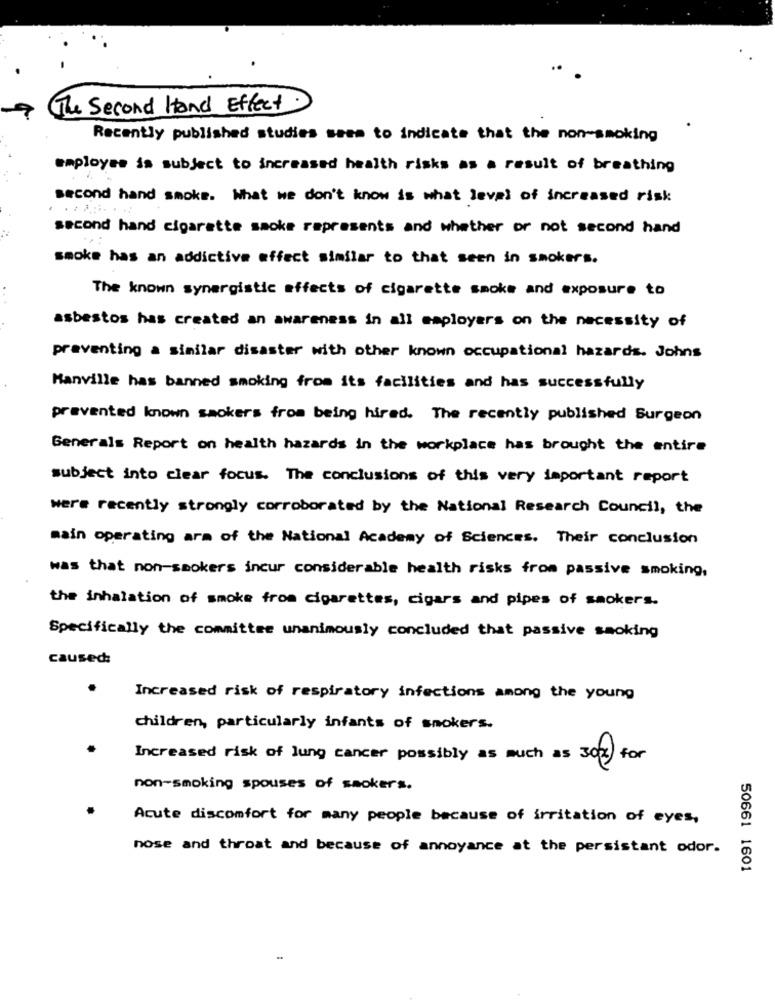
The Second Hand Effect
Recently published studies seem to indicate that the non-smoking
employee is subject to increased health risks as a result of breathing
second hand smoke. What we don't know is what level of increased risk
second hand cigarette smoke represents and whether or not second hand
...
smoke has an addictive effect similar to that seen in smokers.
The known synergistic effects of cigarette smoke and exposure to
...
asbestos has created an awareness in all employers on the necessity of
preventing a similar disaster with other known occupational hazards. Johns
Hanville has banned smoking from its facilities and has successfully
prevented known smokers from being hired. The recently published Surgeon
Generals Report on health hazards in the workplace has brought the entire
subject into clear focus. The conclusions of this very important report
were recently strongly corroborated by the National Research Council, the
main operating arm of the National Academy of Sciences. Their conclusion
was that non-smokers incur considerable health risks from passive smoking,
the inhalation of smoke from cigarettes, cigars and pipes of smokers.
Specifically the committee unanimously concluded that passive smoking
caused:
Increased risk of respiratory infections among the young
children, particularly infants of smokers.
Increased risk of lung cancer possibly as much as 302) for
non-smoking spouses of smokers.
Acute discomfort for many people because of irritation of eyes,
nose and throat and because of annoyance at the persistant odor.
50661 1601